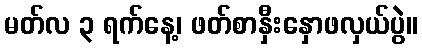
မတ်လ ၃ ရက်နေ့၊ ဖတ်စာနှီးနှောဖလှယ်ပွဲ။